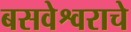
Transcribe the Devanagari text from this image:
बसवेश्वराचे